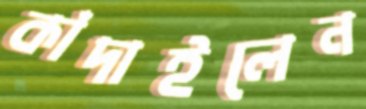
কাঁদাইলেন